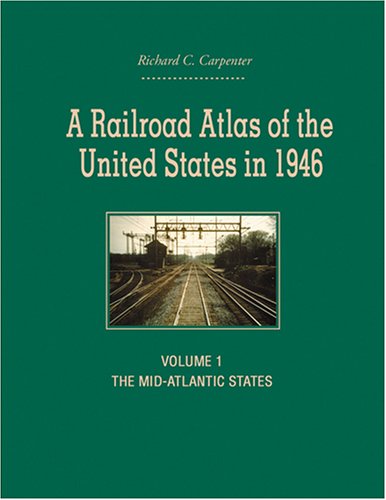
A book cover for A Railroad Atlas of the United States in 1946: Volume 1: The Mid-Atlantic States (Creating the North American Landscape); Richard C. Carpenter; Arts & Photography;